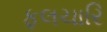
ફલચારિ